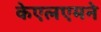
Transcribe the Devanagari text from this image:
केएलएमने